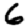
Digit: 6